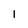
Character: 1